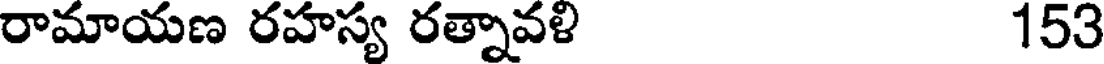
రామాయణ రహస్య రత్నావళి 153